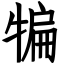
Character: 犏